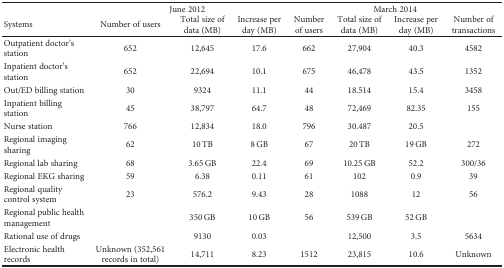
<table><thead><tr><td></td><td colspan="3"><b>June 2012</b></td><td colspan="4"><b>March 2014</b></td></tr><tr><td><b>Systems</b></td><td><b>Number of users</b></td><td><b>Total size of data (MB)</b></td><td><b>Increase per day (MB)</b></td><td><b>Number of users</b></td><td><b>Total size of data (MB)</b></td><td><b>Increase per day (MB)</b></td><td><b>Number of transactions</b></td></tr></thead><tbody><tr><td>Outpatient doctor&#x27;s station</td><td>652</td><td>12,645</td><td>17.6</td><td>662</td><td>27,904</td><td>40.3</td><td>4582</td></tr><tr><td>Inpatient doctor&#x27;s station</td><td>652</td><td>22,694</td><td>10.1</td><td>675</td><td>46,478</td><td>43.5</td><td>1352</td></tr><tr><td>Out/ED billing station</td><td>30</td><td>9324</td><td>11.1</td><td>44</td><td>18.514</td><td>15.4</td><td>3458</td></tr><tr><td>Inpatient billing station</td><td>45</td><td>38,797</td><td>64.7</td><td>48</td><td>72,469</td><td>82.35</td><td>155</td></tr><tr><td>Nurse station</td><td>766</td><td>12,834</td><td>18.0</td><td>796</td><td>30.487</td><td>20.5</td><td></td></tr><tr><td>Regional imaging sharing</td><td>62</td><td>10 TB</td><td>8 GB</td><td>67</td><td>20 TB</td><td>19 GB</td><td>272</td></tr><tr><td>Regional lab sharing</td><td>68</td><td>3.65 GB</td><td>22.4</td><td>69</td><td>10.25 GB</td><td>52.2</td><td>300/36</td></tr><tr><td>Regional EKG sharing</td><td>59</td><td>6.38</td><td>0.11</td><td>61</td><td>102</td><td>0.9</td><td>39</td></tr><tr><td>Regional quality control system</td><td>23</td><td>576.2</td><td>9.43</td><td>28</td><td>1088</td><td>12</td><td>56</td></tr><tr><td>Regional public health management</td><td></td><td>350 GB</td><td>10 GB</td><td>56</td><td>539 GB</td><td>52 GB</td><td></td></tr><tr><td>Rational use of drugs</td><td></td><td>9130</td><td>0.03</td><td></td><td>12,500</td><td>3.5</td><td>5634</td></tr><tr><td>Electronic health records</td><td>Unknown (352,561 records in total)</td><td>14,711</td><td>8.23</td><td>1512</td><td>23,815</td><td>10.6</td><td>Unknown</td></tr></tbody></table>